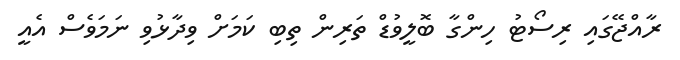
ރާއްޖޭގައި ރިސޯޓު ހިންގާ ބޮލީވުޑް ތަރިން ތިބި ކަމަށް ވިދާޅުވި ނަމަވެސް އެއީ